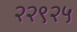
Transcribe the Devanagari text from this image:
२२९२५